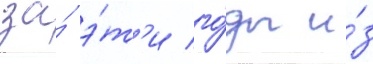
за́ э́т'и го́ды и́з